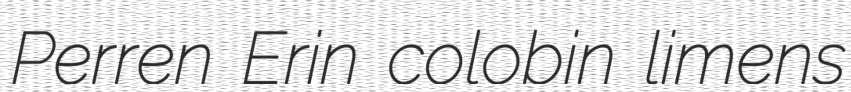
Perren Erin colobin limens